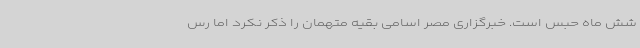
شش ماه حبس است. خبرگزاری مصر اسامی بقیه متهمان را ذکر نکرد اما رس